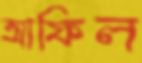
আফিল